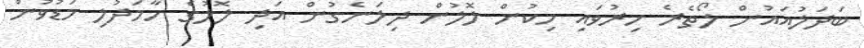
ބަދަލުއައުން ލޯތެރެ ހިރުވައި ހިކުން ލޮލުން ދިލަނެގުން އަދި ލޮލުގެ ހާމަދުލި މަޑުވުން